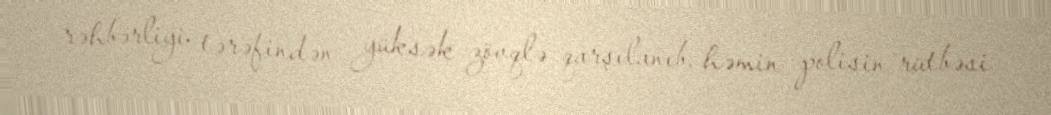
rəhbərliyi tərəfindən yüksək zövqlə qarşılanıb, həmin polisin rütbəsi